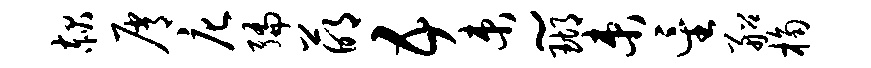
赧屑庀编萌五束~瑚束星船桷